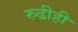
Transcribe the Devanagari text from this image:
रुढीही